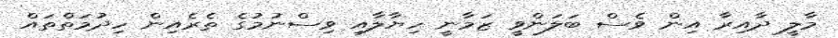
މާލީ ދާއިރާ އިން ވެސް ބަލަންވީ ޒަމާނީ ހިޔާލާއި ވިސްނުމުގެ ތެރެއިން ހިދުމަތްތައް